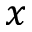
x